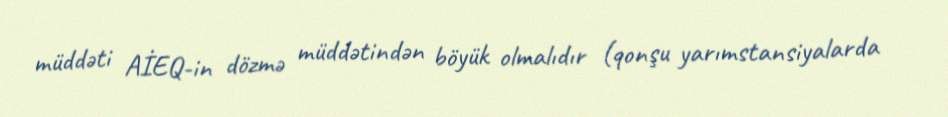
müddəti AİEQ-in dözmə müddətindən böyük olmalıdır (qonşu yarımstansiyalarda